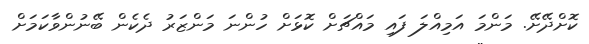
ކޮށްދޭށޭ. މަންމަ އަމިއްލަ ފައި މައްޗަށް ކޮޅަށް ހުންނަ މަންޒަރު ދެކެން ބޭނުންވާކަމަށް